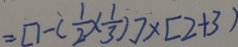
= [ 1 - ( \frac { 1 } { 2 } \times \frac { 1 } { 3 } ) ] \times [ 2 + 3 ]